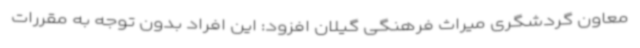
معاون گردشگری میراث فرهنگی گیلان افزود: این افراد بدون توجه به مقررات